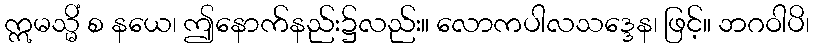
ဣမသ္မိံ စ နယေ၊ ဤနောက်နည်း၌လည်း။ လောကပါလသဒ္ဒေန၊ ဖြင့်။ ဘဂဝါပိ၊